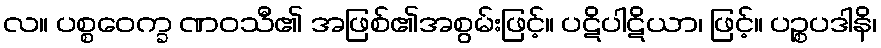
လ။ ပစ္စဝေက္ခ ဏဝသီ၏ အဖြစ်၏အစွမ်းဖြင့်။ ပဋိပါဋိယာ၊ ဖြင့်။ ပဉ္စပဒါနိ၊